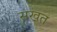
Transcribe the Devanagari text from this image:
सखत